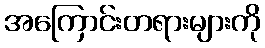
အကြောင်းတရားများကို